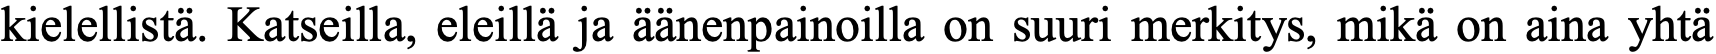
kielellistä. Katseilla, eleillä ja äänenpainoilla on suuri merkitys, mikä on aina yhtä